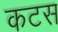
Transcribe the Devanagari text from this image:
कटस